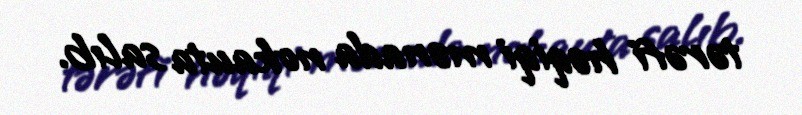
tərəfi həqiqi mənada nokauta salıb.